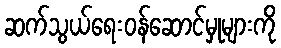
ဆက်သွယ်ရေးဝန်ဆောင်မှုများကို